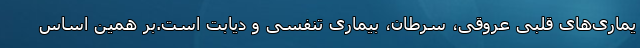
یماری‌های قلبی عروقی، سرطان، بیماری تنفسی و دیابت است.بر همین اساس